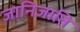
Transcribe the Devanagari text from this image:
जानिजाति